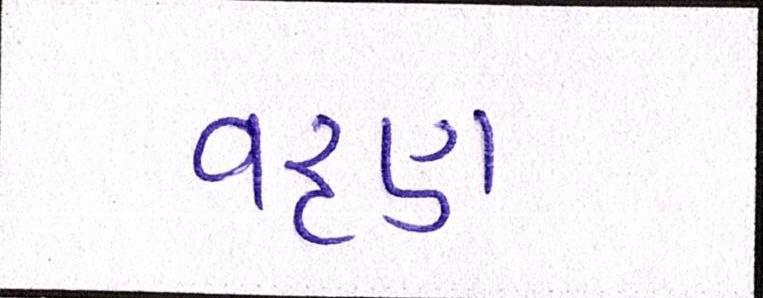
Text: વરૃણ